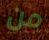
من